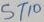
Text: ST10